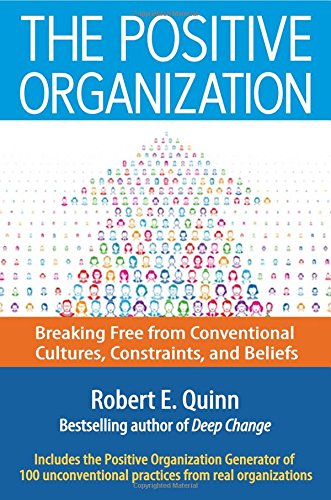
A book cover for The Positive Organization: Breaking Free from Conventional Cultures, Constraints, and Beliefs; Robert E. Quinn; Business & Money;